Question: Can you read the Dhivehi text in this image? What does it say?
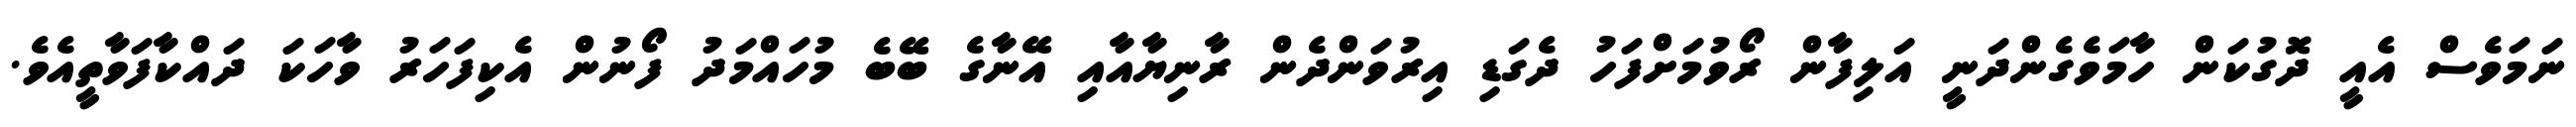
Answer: ނަމަވެސް އެއީ ދޮގުކަން ހާމަވެގެންދަނީ އަލިފާން ރޯވުމަށްފަހު ދެގަޑި އިރުވަންދެން ރާނިޔާއާއި އޭނާގެ ބޭބެ މުހައްމަދު ފޯނުން އެކިފަހަރު ވާހަކަ ދައްކާފަވާތީއެވެ.